Martna_vallavalitsus, lk 29
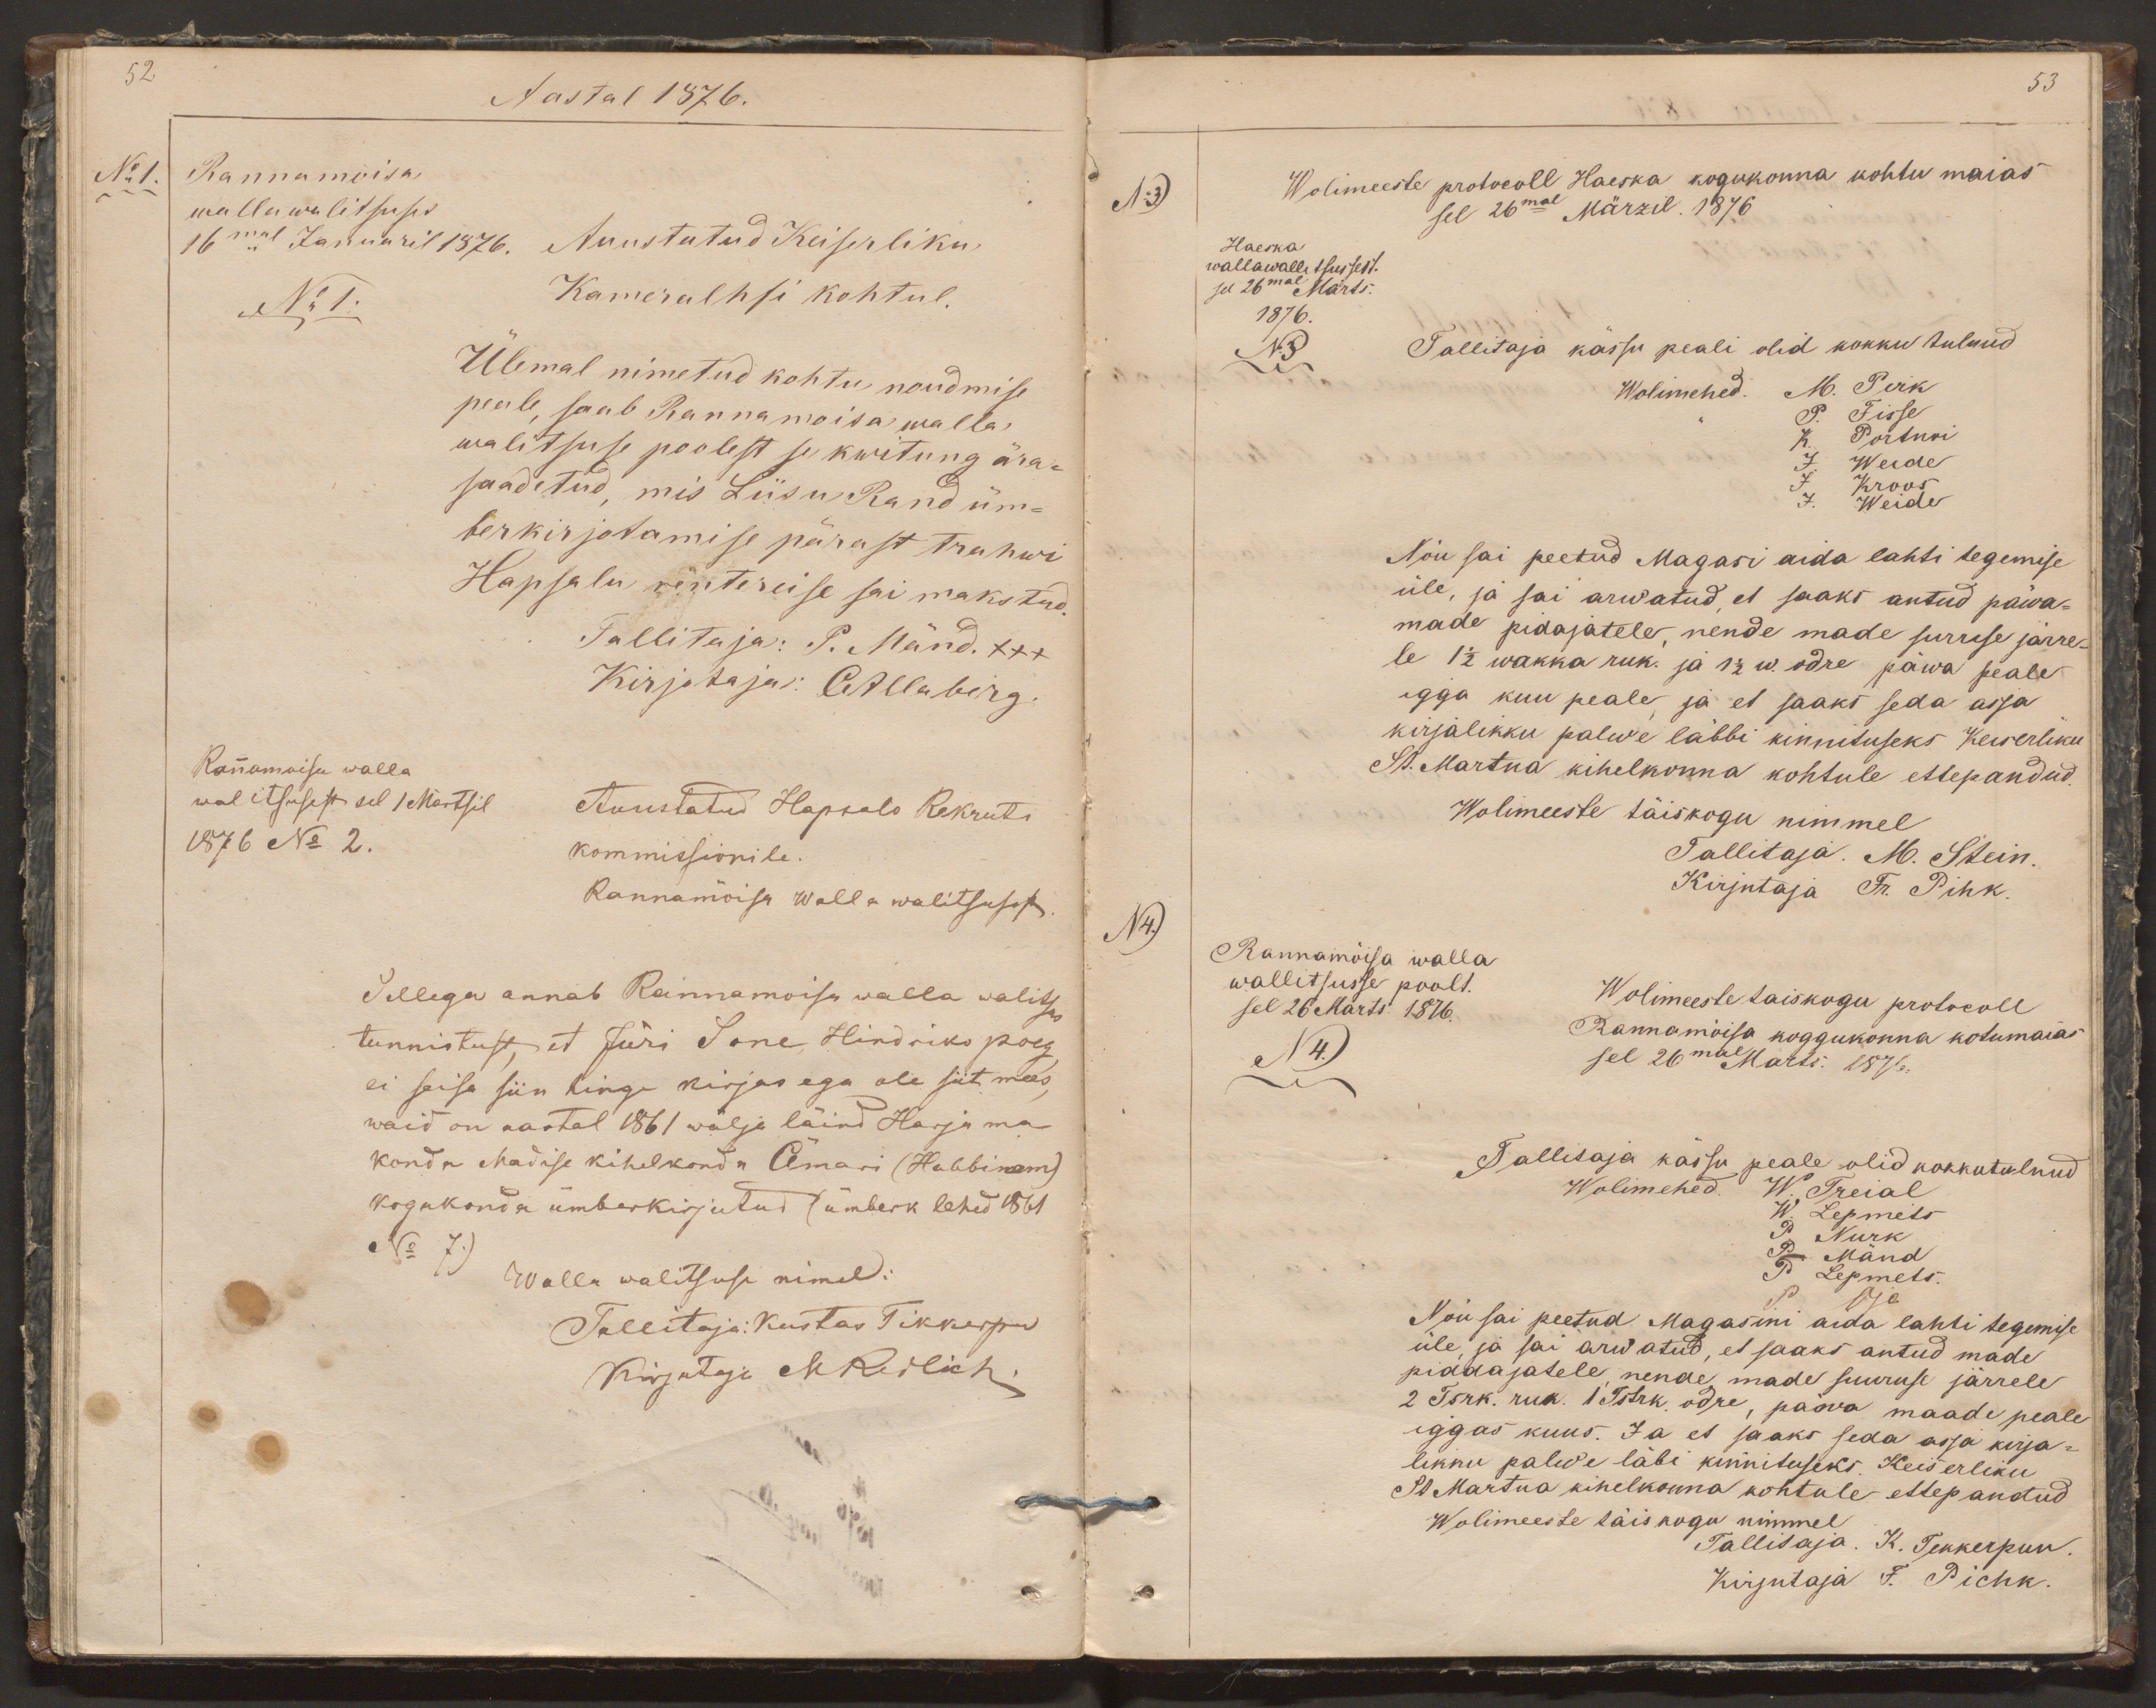
52
Aastal 1876.
No 1.
Rannamoisa
wallawalitsuses
16mal Januaril 1876.
Auustatud Keiserliku
No 1.
Kameralhfi kohtul.
Ülemal nimetud kohtu noudmise
peale, saab Rannamoisa walla
walitsuse poolest se kwitung ära-
saadetud, mis Liisu Rand üm-
berkirjotamise pärast trahwi
Hapsalu rentereise sai makstud
Tallitaja: P. Mänd. xxx
Kirjotaja: CAllaberg
Rannamoisa walla
walitsusest sel 1 Märtsil
Auustatud Hapsalo Rekruti
1876 No 2.
kommissionile.
Rannamõisa walla walitsusest.
Sellega annab Rannamoisa walla walitsus
tunnistust, et Jüri Sone Hindriko poeg
ei seisa siin hinge kirjas ega ole siit mees,
waid on aastal 1861 wälja läind Harja ma-
konda Madise kihelkonda Ämari (Habbinem)
kogukonda ümberkirjutud (ümberk lehed 1861
No 7.)
Walla walitsuse nimel:
Tallitaja: Kustas Tikkerpu
Kirjutaja MReilich.

53
No 3.)
Wolimeeste protocoll Haeska kogukonna kohtu maias
sel 26mal Märzil. 1876
Haeska
wallawallitsusest.
sel 26mal Märts.
1876.
No 3
Tallitaja kässu peali olid kokku tulnud
Wolimehed M. Perk
P. Fisse
K. Portnoi
J. Weide
J. Kroos
J. Weide
Nõu sai peetud Magasi aida lahti tegemise
üle, ja sai arwatud, et saaks antud päwa-
made pidajatele, nende made surrese järre-
le 1 1/2 wakka ruk. ja 1 1/2 w. odre päwa peale
igga kuu peale, ja et saaks seda asja
kirjalikku palwe läbbi kinnituseks Keiserliku
St. Martna kihelkonna kohtule ettepandud.
Wolimeeste täiskogu nimmel
Tallitaja. M. Stein
Kirjutaja Fr. Pihk.
N4.
Rannamõisa walla
wallitsusse poolt.
sel 26 Märts 1876.
Wolimeeste taiskogu protocoll
N4.
Rannamõisa koggukonna kotumaias
sel 26mal Märts. 1876.
Tallitaja kässu peale olid kokkutulnud
Wolimehed W. Treial
W. Lepmets
P. Nurk
P. Mänd
P. Lepmets.
P. Oja
Nõu sai peetud Magasini aida lahti tegemise
üle, ja sai arwatud, et saaks antud made
piddajatele, nende made suuruse järrele
2 Tsrk. ruk. 1 Tstrk. odre, päwa maade peale
iggas kuus. Ja et saaks seda asja kirja-
likku palwe läbi kinnituseks. Keiserliku
St Martna kihelkonna kohtule ettepandud
Wolimeeste täis kogu nimmel
Tallitaja. K. Tekkerpuu
Kirjutaja F. Pichk.